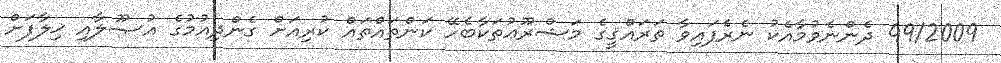
49/2009 ދެންނެވުމާއެކު ނެރެފައިވާ ތަރައްޤީގެ މަޝްރޫޢުތަކާބެހޭ ކަންތައްތައް ކުރިއަށް ގެންދިއުމުގެ އުޞޫލާއި ޚިލާފަށް